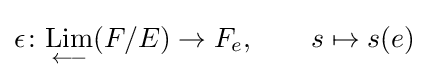
\epsilon \colon {\underset {\longleftarrow }{\mathrm {Lim} }}(F/E)\to F_{e},\qquad s\mapsto s(e)